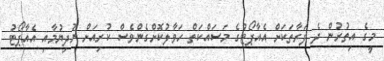
މީގެ އިތުރުން ދެ ފަރާތަކަށް އެއާޕޯޓުގެ މަސައްކަތް ހަވާލުކޮށްގެންވެސް ކުރިއަށް ނުދިޔުމާއި އެއާޕޯޓު